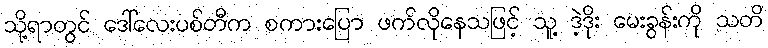
သို့ရာတွင် ဒေါ်လေးပစ်တီက စကားပြော ဖက်လိုနေသဖြင့် သူ့ ဒဲ့ဒိုး မေးခွန်းကို သတိ